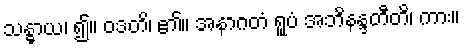
သန္ဓာယ၊ ၍။ ဝဒတိ၊ ၏။ အနာဂတံ ရူပံ အဘိနန္ဒတီတိ၊ ကား။